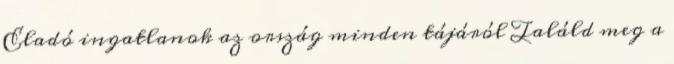
Eladó ingatlanok az ország minden tájáról Találd meg a